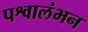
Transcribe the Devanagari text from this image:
पश्वालंभन